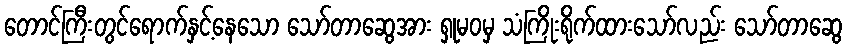
တောင်ကြီးတွင်ရောက်နှင့်နေသော သော်တာဆွေအား ရှုမဝမှ သံကြိုးရိုက်ထားသော်လည်း သော်တာဆွေ